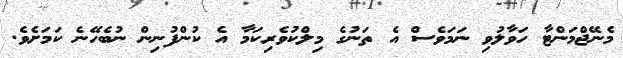
މެނޭޖްމަންޓާ ހަވާލުވި ނަމަވެސް އެ ތަނުގެ މިލްކުވެރިކަމާ އެ ކުންފުނިން ނުބެހޭނެ ކަމަށެވެ.